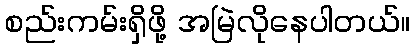
စည်းကမ်းရှိဖို့ အမြဲလိုနေပါတယ်။